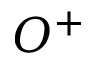
O ^ { + }